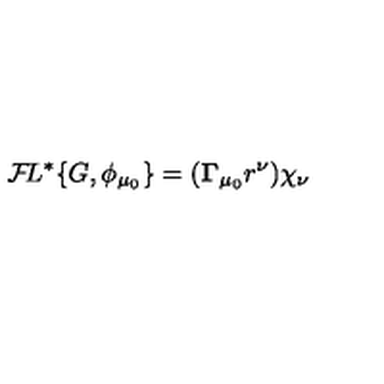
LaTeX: { \cal F } \! L ^ { * } \{ G , \phi _ { \mu _ { 0 } } \} = ( { \bf \Gamma } _ { \mu _ { 0 } } r ^ { \nu } ) \chi _ { \nu }